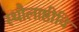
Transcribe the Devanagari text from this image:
स्थौलाष्ठीवि